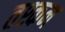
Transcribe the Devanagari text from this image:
तश्कन